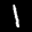
Label: 1